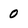
Character: 0